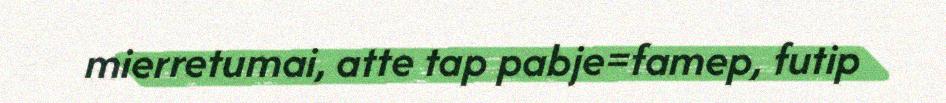
mierretumai, atte tap pabje=famep, futip